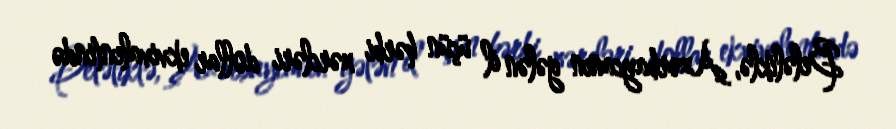
Beləliklə, Azərbaycanın gələn il üçün hərbi xərcləri dollar ekvivalentində